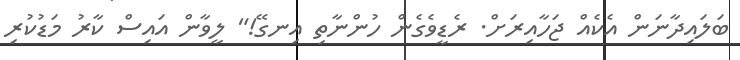
ބަލައިދާނަން އެކެއް ޖަހާއިރަށް. ރެޑީވެގެން ހުންނާތި އިނގޭ!" ލީވާން އައިސް ކާރު މަޑުކުރި